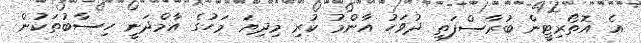
އެ އޮތޯރިޓީން ބުރާސްފަތި ދުވަހު އާންމު ކުރި މިދިޔަ މަހުގެ އާމްދަނީ ހިސާބުތަކުން